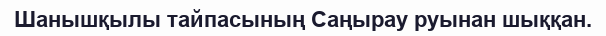
Шанышқылы тайпасының Саңырау руынан шыққан.